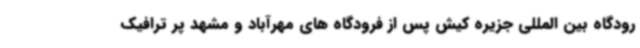
رودگاه بین المللی جزیره کیش پس از فرودگاه های مهرآباد و مشهد پر ترافیک